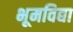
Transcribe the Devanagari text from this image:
भूमविद्या